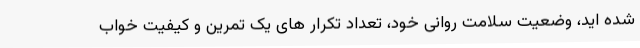
شده اید، وضعیت سلامت روانی خود، تعداد تکرار های یک تمرین و کیفیت خواب